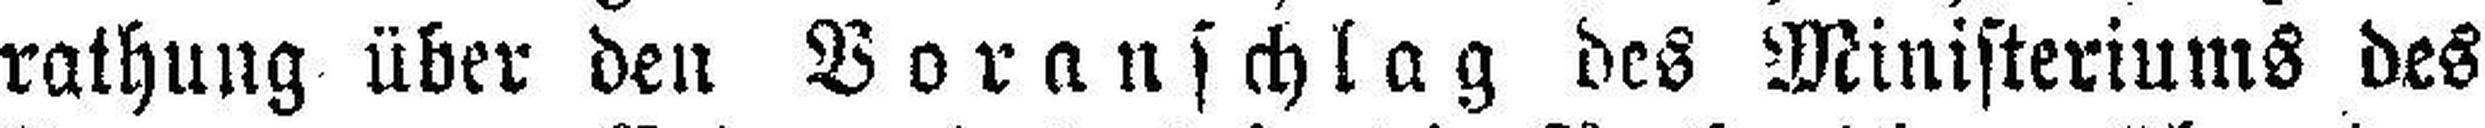
rathung über den Voranschlag des Ministeriums des